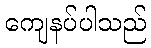
ကျေနပ်ပါသည်